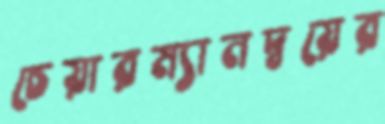
চেয়ারম্যানদ্বয়ের